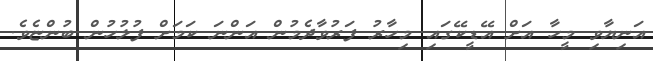
އަނިޔާވި މީހާ އަށް އޭޑީކޭގައި މިހާރު ފަރުވާދެމުން އަންނަ ކަމަށް ފުލުހުން ބުންޏެވެ.